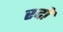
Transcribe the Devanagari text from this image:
रदो